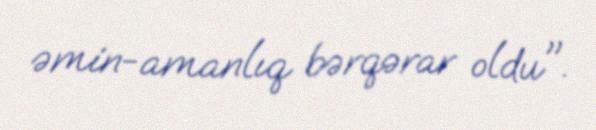
əmin-amanlıq bərqərar oldu".